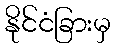
နိုင်ငံခြားမှ